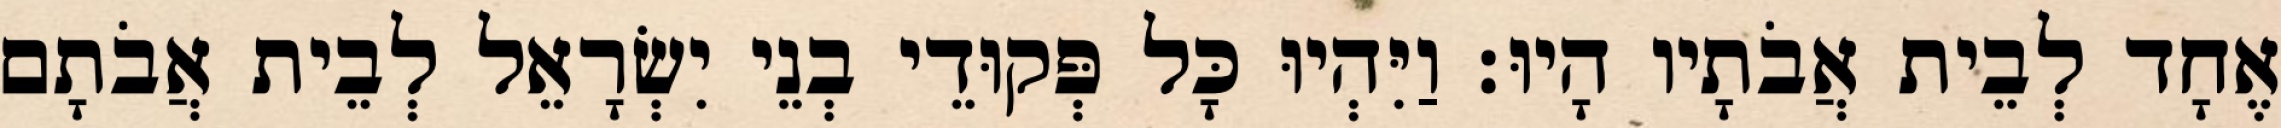
אֶחָד לְבֵית אֲבֹתָיו הָיוּ׃ וַיִּהְיוּ כָּל פְּקוּדֵי בְנֵי יִשְׂרָאֵל לְבֵית אֲבֹתָם